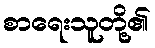
စာရေးသူတို့၏